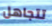
تتجاهل